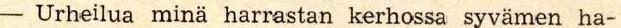
- Urheilua minä harrastan kerhossa syvämen ha-